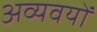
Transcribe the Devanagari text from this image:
अव्यवयों